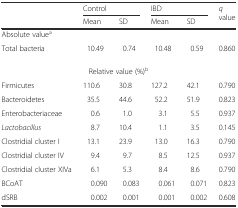
<table><thead><tr><td rowspan="2"></td><td colspan="2"><b>Control</b></td><td colspan="2"><b>IBD</b></td><td rowspan="2"><b><i>q</i> value</b></td></tr><tr><td><b>Mean</b></td><td><b>SD</b></td><td><b>Mean</b></td><td><b>SD</b></td></tr></thead><tbody><tr><td colspan="6">Absolute value<sup>a</sup></td></tr><tr><td>Total bacteria</td><td>10.49</td><td>0.74</td><td>10.48</td><td>0.59</td><td>0.860</td></tr><tr><td colspan="6">Relative value (%)<sup>b</sup></td></tr><tr><td>Firmicutes</td><td>110.6</td><td>30.8</td><td>127.2</td><td>42.1</td><td>0.790</td></tr><tr><td>Bacteroidetes</td><td>35.5</td><td>44.6</td><td>52.2</td><td>51.9</td><td>0.823</td></tr><tr><td>Enterobacteriaceae</td><td>0.6</td><td>1.0</td><td>3.1</td><td>5.5</td><td>0.937</td></tr><tr><td><i>Lactobacillus</i></td><td>8.7</td><td>10.4</td><td>1.1</td><td>3.5</td><td>0.145</td></tr><tr><td>Clostridial cluster I</td><td>13.1</td><td>23.9</td><td>13.0</td><td>16.3</td><td>0.790</td></tr><tr><td>Clostridial cluster IV</td><td>9.4</td><td>9.7</td><td>8.5</td><td>12.5</td><td>0.937</td></tr><tr><td>Clostridial cluster XIVa</td><td>6.1</td><td>5.3</td><td>8.4</td><td>8.6</td><td>0.790</td></tr><tr><td>BCoAT</td><td>0.090</td><td>0.083</td><td>0.061</td><td>0.071</td><td>0.823</td></tr><tr><td>dSRB</td><td>0.002</td><td>0.001</td><td>0.001</td><td>0.002</td><td>0.608</td></tr></tbody></table>